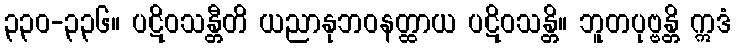
၃၃၀-၃၃၆။ ပဋိဝသန္တီတိ ယညာနုဘဝနတ္ထာယ ပဋိဝသန္တိ။ ဘူတပုဗ္ဗန္တိ ဣဒံ